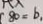
8 0 = b